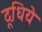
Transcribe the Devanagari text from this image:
दूधिये